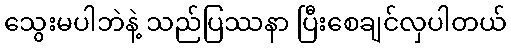
သွေးမပါဘဲနဲ့ သည်ပြဿနာ ပြီးစေချင်လှပါတယ်